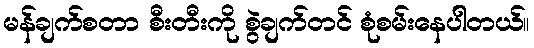
မန်ချက်စတာ စီးတီးကို စွဲချက်တင် စုံစမ်းနေပါတယ်။